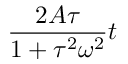
\frac { 2 A \tau } { 1 + \tau ^ { 2 } \omega ^ { 2 } } t